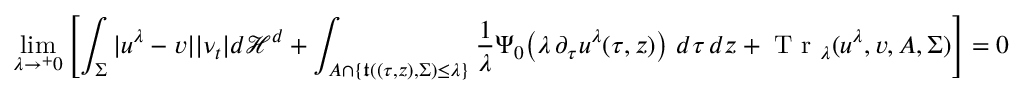
\operatorname* { l i m } _ { \lambda \to ^ { + } 0 } \left[ \int _ { \Sigma } | u ^ { \lambda } - v | | \nu _ { t } | d \mathcal { H } ^ { d } + \int _ { A \cap \{ \mathfrak { t } ( ( \tau , z ) , \Sigma ) \leq \lambda \} } \frac { 1 } { \lambda } \Psi _ { 0 } \big ( \lambda \, \partial _ { \tau } u ^ { \lambda } ( \tau , z ) \big ) \ d \tau \, d z + \textup { T r } _ { \lambda } ( u ^ { \lambda } , v , A , \Sigma ) \right] = 0